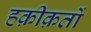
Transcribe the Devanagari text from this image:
हक़ीक़तों